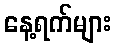
နေ့ရက်များ